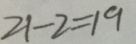
2 1 - 2 = 1 9